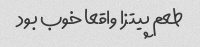
طعم پیتزا واقعا خوب بود